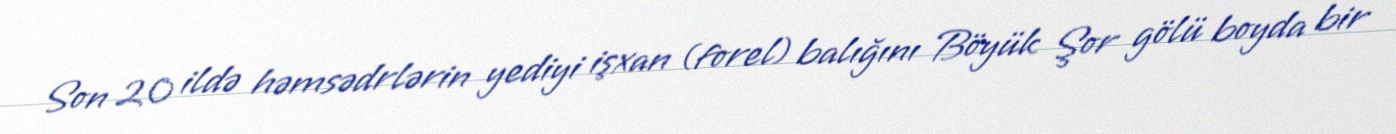
Son 20 ildə həmsədrlərin yediyi işxan (forel) balığını Böyük Şor gölü boyda bir